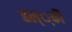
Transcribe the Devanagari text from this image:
हल््की